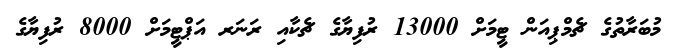
މުބަރާތުގެ ޗެމްޕިއަން ޓީމަށް 13000 ރުފިޔާގެ ޗެކާއި ރަނަރ އަޕްޓީމަށް 8000 ރުފިޔާގެ